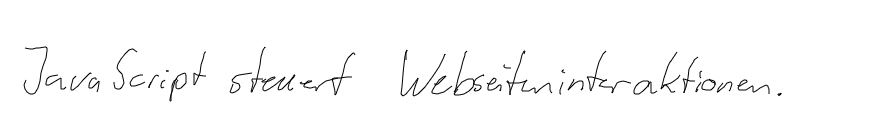
JavaScript steuert Webseiteninteraktionen.